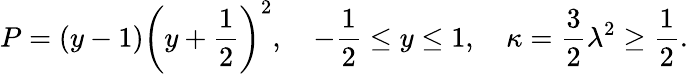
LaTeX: P=(y-1)\left(y+\frac{1}{2}\right)^{2},\quad-\frac{1}{2}\leq y\leq 1,\quad\kappa=\frac{3}{2}\lambda^{2}\geq\frac{1}{2}.